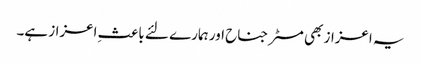
یہ اعزاز بھی مسٹر جناح اور ہمارے لئے باعثِ اعزاز ہے۔